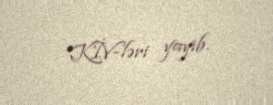
KİV-ləri yayıb.